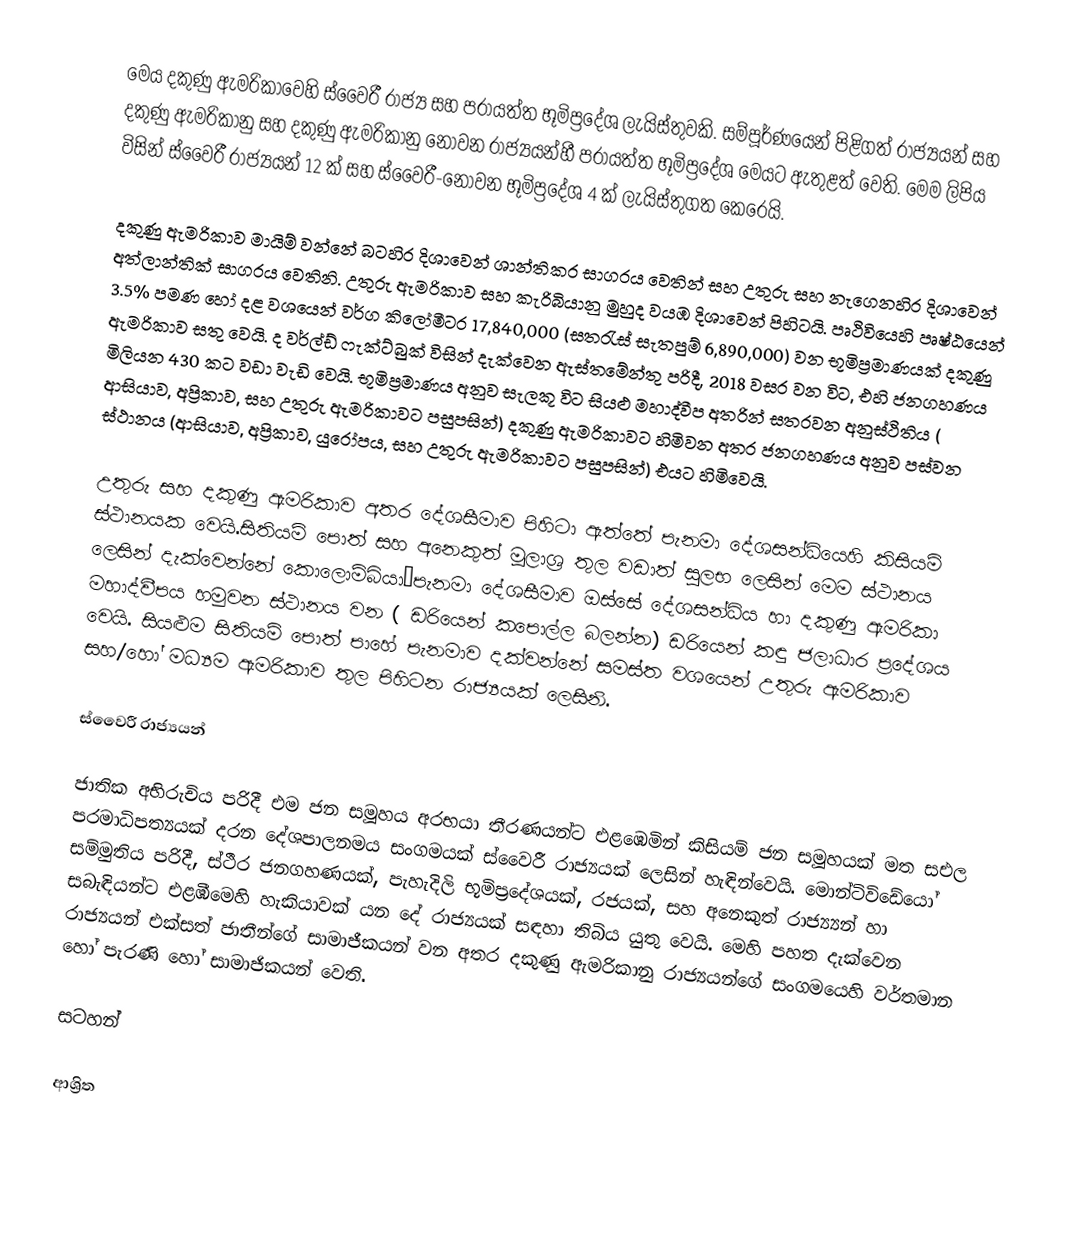
මෙය දකුණු ඇමරිකාවෙහි  ස්වෛරී රාජ්‍ය සහ  පරායත්ත භූමිප්‍රදේශ ලැයිස්තුවකි. සම්පූර්ණයෙන් පිළිගත් රාජ්‍යයන් සහ දකුණු ඇමරිකානු සහ දකුණු ඇමරිකානු නොවන රාජ්‍යයන්හී පරායත්ත භූමිප්‍රදේශ මෙයට ඇතුළත් වෙති. මෙම ලිපිය විසින් ස්වෛරී රාජ්‍යයන් 12 ක් සහ ස්වෛරී-නොවන භූමිප්‍රදේශ 4 ක් ලැයිස්තුගත කෙරෙයි.

දකුණු ඇමරිකාව මායිම් වන්නේ බටහිර දිශාවෙන් ශාන්තිකර සාගරය වෙතින් සහ උතුරු සහ නැගෙනහිර දිශාවෙන් අත්ලාන්තික් සාගරය වෙතිනි. උතුරු ඇමරිකාව සහ කැරිබියානු මුහුද වයඹ දිශාවෙන් පිහිටයි. පෘථිවියෙහි පෘෂ්ඨයෙන් 3.5% පමණ හෝ දළ වශයෙන් වර්ග කිලෝමීටර 17,840,000 (සතරැස් සැතපුම් 6,890,000) වන භූමිප්‍රමාණයක් දකුණු ඇමරිකාව සතු වෙයි.  ද වර්ල්ඩ් ෆැක්ට්බුක් විසින් දැක්වෙන ඇස්තමේන්තු පරිදී, 2018 වසර වන විට, එහි ජනගහණය මිලියන 430 කට වඩා වැඩි වෙයි. භූමිප්‍රමාණය අනුව සැලකූ විට සියළු මහාද්වීප අතරින් සතරවන අනුස්ථිතිය ( ආසියාව, අප්‍රිකාව, සහ උතුරු ඇමරිකාවට පසුපසින්) දකුණු ඇමරිකාවට හිමිවන අතර ජනගහණය අනුව පස්වන ස්ථානය (ආසියාව, අප්‍රිකාව, යුරෝපය, සහ උතුරු ඇමරිකාවට පසුපසින්) එයට හිමිවෙයි.

උතුරු සහ දකුණු ඇමරිකාව අතර දේශසීමාව පිහිටා ඇත්තේ  පැනමා දේශසන්ධියෙහි කිසියම් ස්ථානයක වෙයි.සිතියම් පොත් සහ අනෙකුත් මූලාශ්‍ර තුල වඩාත් සුලභ ලෙසින් මෙම ස්ථානය ලෙසින් දැක්වෙන්නේ කොලොම්බියා–පැනමා දේශසීමාව ඔස්සේ දේශසන්ධිය හා දකුණු ඇමරිකා මහාද්වීපය හමුවන ස්ථානය වන ( ඩරියෙන් කපොල්ල බලන්න) ඩරියෙන් කඳු ජලාධාර ප්‍රදේශය වෙයි. සියළුම සිතියම් පොත් පාහේ පැනමාව දක්වන්නේ සමස්ත වශයෙන් උතුරු ඇමරිකාව සහ/හෝ මධ්‍යම ඇමරිකාව තුල පිහිටන රාජ්‍යයක් ලෙසිනි.

ස්වෛරී රාජ්‍යයන්

ජාතික අභිරුචිය පරිදී එම ජන සමූහය අරභයා තීරණයන්ට එළඹෙමින් කිසියම් ජන සමූහයක් මත සඑල පරමාධිපත්‍යයක් දරන දේශපාලනමය සංගමයක් ස්වෛරී රාජ්‍යයක් ලෙසින් හැඳින්වෙයි. මොන්ටිවිඩේයෝ සම්මුතිය පරිදී, ස්ථීර ජනගහණයක්, පැහැදිලි භූමිප්‍රදේශයක්, රජයක්, සහ අනෙකුත් රාජ්‍ය්‍යන් හා සබැඳියන්ට එළඹීමෙහි හැකියාවක් යන දේ රාජ්‍යයක් සඳහා තිබිය යුතු වෙයි.  මෙහි පහත දැක්වෙන රාජ්‍යයන් එක්සත් ජාතීන්ගේ සාමාජීකයන් වන අතර   දකුණු ඇමරිකානු රාජ්‍යයන්ගේ සංගමයෙහි වර්තමාන හෝ පැරණි හෝ සාමාජිකයන් වෙති.

සටහන්

ආශ්‍රිත